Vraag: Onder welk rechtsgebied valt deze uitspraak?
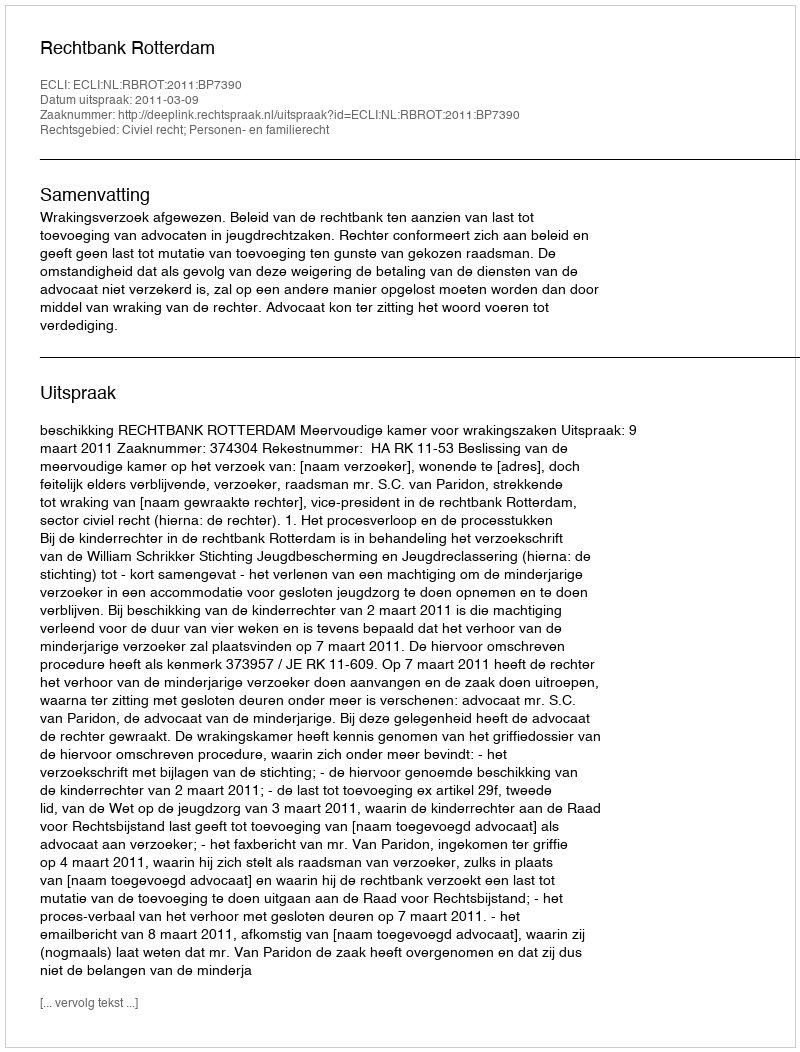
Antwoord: Civiel recht; Personen- en familierecht